Annual report on the Civil Veterinary Department, Burma (including the Insein Veterinary School) - 1932-1941
Year: 1932
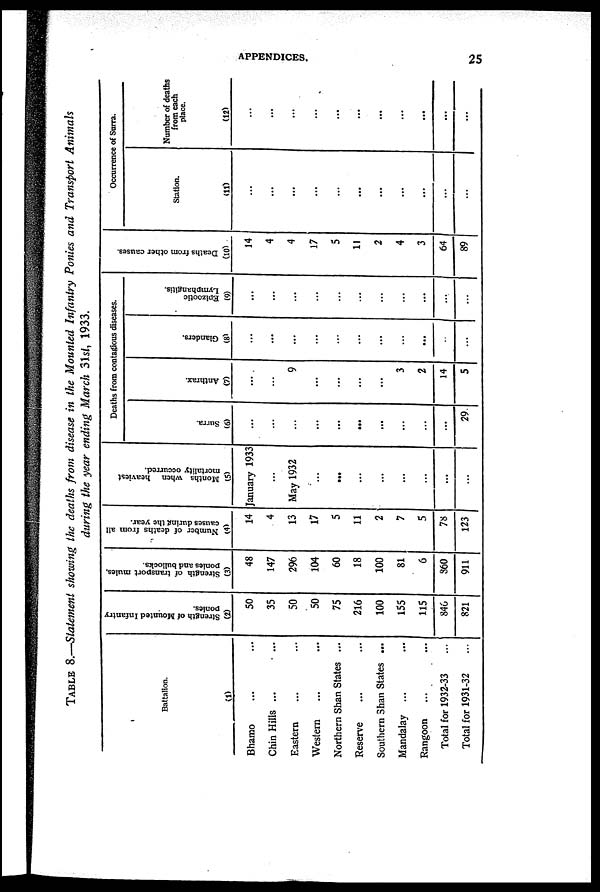
APPENDICES.
25
TABLE 8.—Statement showing the deaths from disease in the Mounted Infantry Ponies and Transport Animals
during the year ending March 31st, 1933.
Battalion.
(1)
Bhamo ... ...
Chin Hills ... ...
Eastern ... ...
Western ... ...
Northern Shan States ...
Reserve ... ...
Southern Shan States ...
Mandalay
... ...
Rangoon ... ...
Total for 1932-33 ...
Total for 1931-32 ...
Strength of Mounted Infantry
ponies.
(2)
50
35
50
50
75
216
100
155
115
846
821
Strength of transport mules.
ponies and bullocks.
(3)
48
147
296
104
60
18
100
81
6
860
911
Number of deaths from all
causes during the year.
(4)
14
4
13
17
5
11
2
7
5
78
123
Months when heaviest
mortality occurred.
(5)
January 1933
...
May 1932
...
...
...
...
...
...
...
...
Deaths from contagious diseases.
Surra.
(6)
...
...
...
...
...
...
...
...
...
...
29
Anthrax.
(7)
...
...
9
...
...
...
...
3
2
14
5
Glanders.
(8)
...
...
...
...
...
...
...
...
...
..
...
Epizootic
Lymphangitis.
(9)
...
...
...
...
...
...
...
...
...
...
...
Deaths from other causes.
(10)
14
4
4
17
5
11
2
4
3
64
89
Occurrence of Surra.
Station.
(11)
...
...
...
...
...
...
...
...
...
...
...
Number of deaths
from each
place.
(12)
...
...
...
...
...
...
...
...